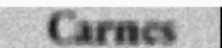
Carnes